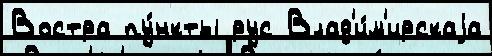
Востра пу́нкты рус Влад'и́м'ирскаjа